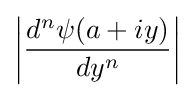
\left|{\frac {d^{n}\psi (a+iy)}{dy^{n}}}\right|